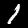
Digit: 1